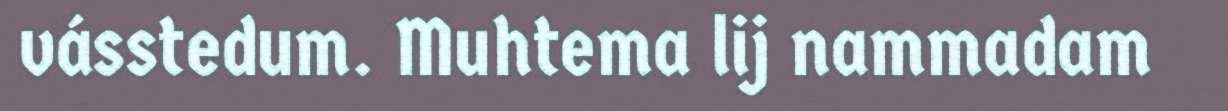
vásstedum. Muhtema lij nammadam